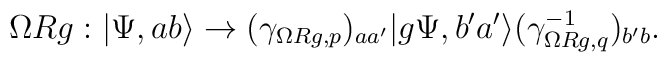
\Omega Rg:|\Psi,ab\rangle \to(\gamma_{\Omega Rg,p})_{aa'}|g\Psi,b'a'\rangle(\gamma_{\Omega R g,q}^{-1})_{b'b}.